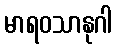
မာရဝသာနုဂါ